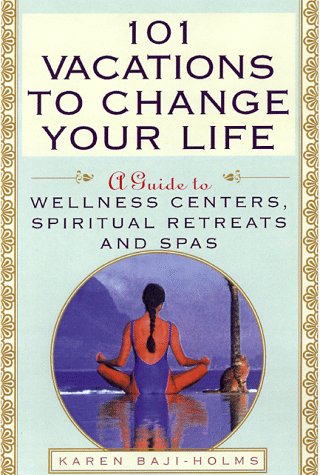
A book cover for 101 Vacations To Change Your Life: A Guide to Wellness Centers, Spiritual Retreats, and Spas; Karin Baji Holms; Travel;